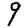
Digit: 9